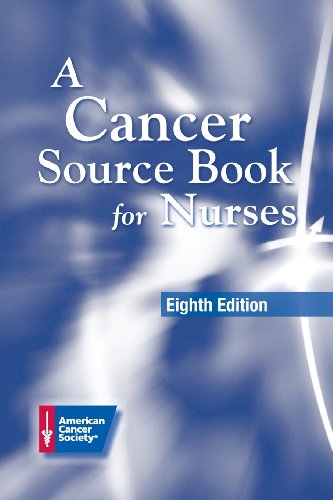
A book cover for A Cancer Source Book for Nurses, 8th Edition; AMERICAN CANCER; Medical Books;